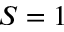
S = 1